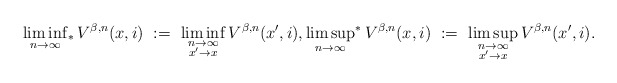
\begin{align*}\liminf_{n\rightarrow\infty}{\!}_*\, V^{\beta,n}(x,i) \ := \ \liminf_{\substack{n\rightarrow\infty\\ x'\rightarrow x}} V^{\beta,n}(x',i), \limsup_{n\rightarrow\infty}{\!}^*\, V^{\beta,n}(x,i) \ := \ \limsup_{\substack{n\rightarrow\infty\\ x'\rightarrow x}} V^{\beta,n}(x',i).\end{align*}